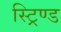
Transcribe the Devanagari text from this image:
स्ट्रिण्ड